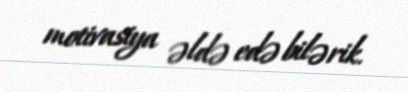
motivasiya əldə edə bilərik.